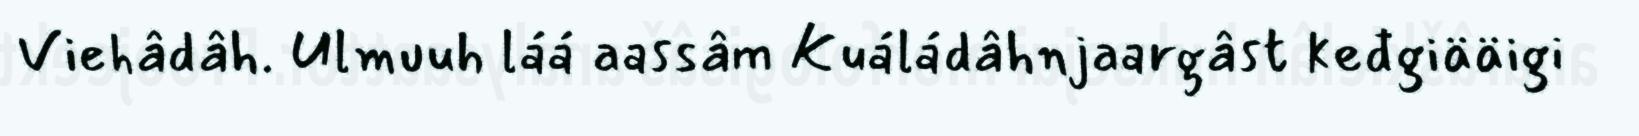
Viehâdâh. Ulmuuh láá aassâm Kuáládâhnjaargâst keđgiääigi